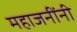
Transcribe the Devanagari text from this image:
महाजनींनी